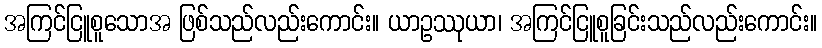
အကြင်ငြူစူသောအ ဖြစ်သည်လည်းကောင်း။ ယာဥဿုယာ၊ အကြင်ငြူစူခြင်းသည်လည်းကောင်း။